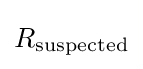
R_{\rm {suspected}}